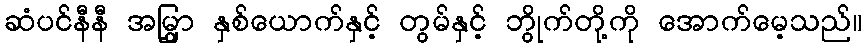
ဆံပင်နီနီ အမြွှာ နှစ်ယောက်နှင့် တွမ်နှင့် ဘွိုက်တို့ကို အောက်မေ့သည်။